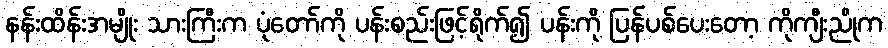
နန်းထိန်းအမျိုး သားကြီးက ပုံတော်ကို ပန်းစည်းဖြင့်ရိုက်၍ ပန်းကို ပြန်ပစ်ပေးတော့ ကိုကျီးညိုက